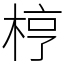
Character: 梈